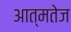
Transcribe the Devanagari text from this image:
आत्मतेज